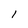
Character: I